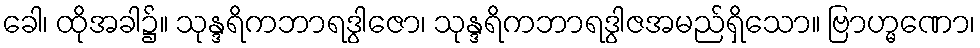
ခေါ၊ ထိုအခါ၌။ သုန္ဒရိကဘာရဒွါဇော၊ သုန္ဒရိကဘာရဒွါဇအမည်ရှိသော။ ဗြာဟ္မဏော၊